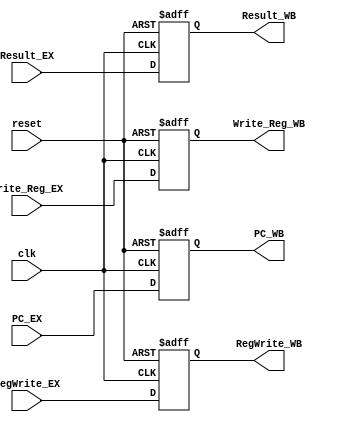
`timescale 1ns / 1ps

module EX_WB_Reg(
    input clk,
    input reset,
	 input [7:0] PC_EX,
    input RegWrite_EX,
    input [7:0] Result_EX,
    input [2:0] Write_Reg_EX,
	 output reg [7:0] PC_WB,
    output reg RegWrite_WB,
    output reg [7:0] Result_WB,
    output reg [2:0] Write_Reg_WB
    );

	always @(posedge clk, negedge reset) begin
		if (reset == 1'b0) begin
			RegWrite_WB = 1'b0;
			Result_WB = 8'b0;
			Write_Reg_WB = 3'b0;
			PC_WB = 8'b0;
		end
			
		else begin
			RegWrite_WB = RegWrite_EX;
			Result_WB = Result_EX;
			Write_Reg_WB = Write_Reg_EX;
			PC_WB = PC_EX;
		end

	end

endmodule